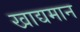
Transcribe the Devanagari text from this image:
खाद्यमान